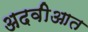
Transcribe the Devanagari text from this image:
अदवीआत